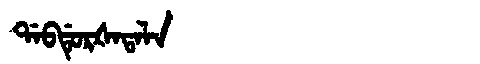
Manchu: ᡩᠠᠪᡩᡠᡵᡧᠠᡨᠠᠯᠠ
Romanization: DABDURŠATALA